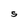
Character: S